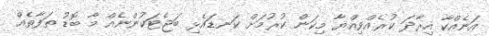
އަނެއްކާ އިރާދަ ކުރެއްވިއްޔާ މިކަން ކުރުމަށް ކަނޑައެޅި ބަޖެޓަކުންނެއް މާ ބޮޑު ތަފާތެއް